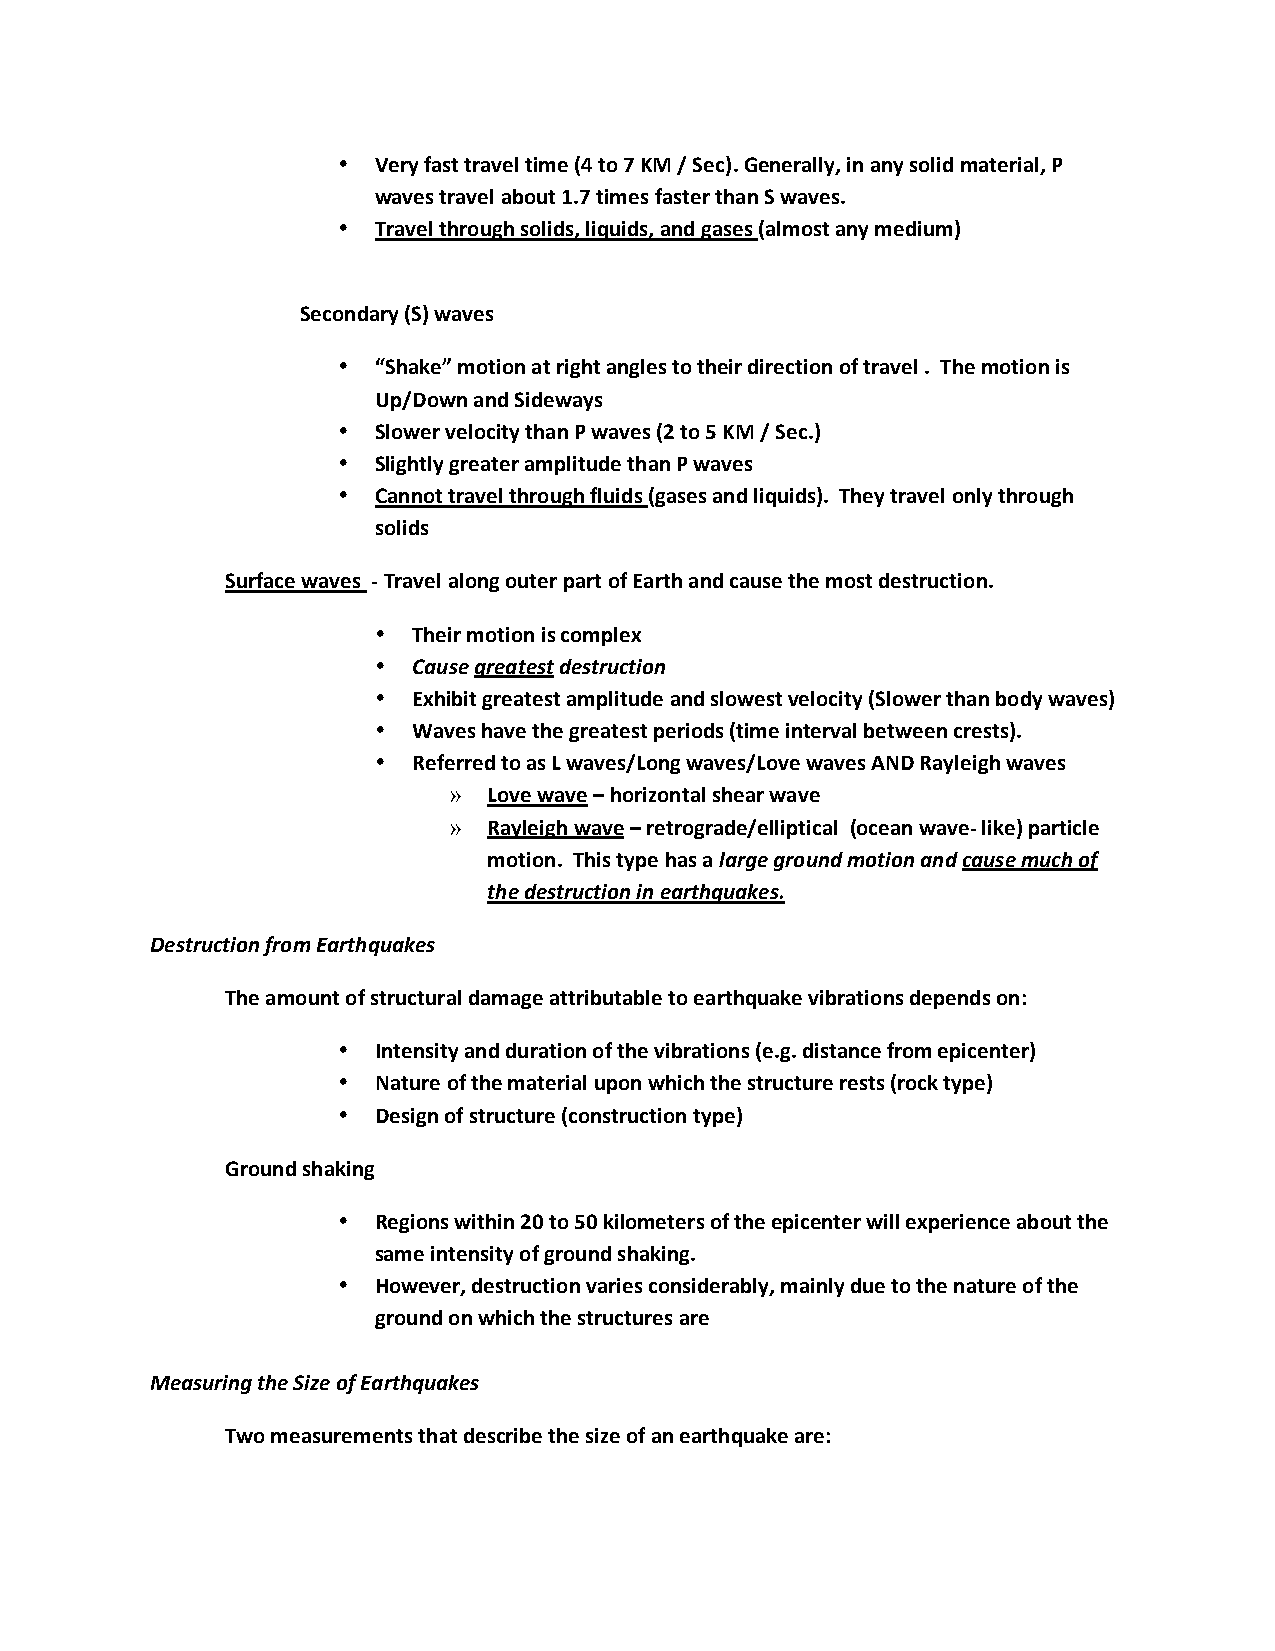
•  Very fast travel time (4 to 7 KM / Sec). Generally, in any solid material, P
 waves travel about 1.7 times faster than S waves.
 •  Travel through solids, liquids, and gases (almost any medium)
 Secondary (S) waves
 •  “Shake” motion at right angles to their direction of travel . The motion is
 Up/Down and Sideways
 •  Slower velocity than P waves (2 to 5 KM / Sec.)
 •  Slightly greater amplitude than P waves
 •  Cannot travel through fluids (gases and liquids). They travel only through
 solids
 Surface waves ‐ Travel along outer part of Earth and cause the most destruction.
 • Their motion is complex
 • Cause greatest destruction
 • Exhibit greatest amplitude and slowest velocity (Slower than body waves)
 • Waves have the greatest periods (time interval between crests).
 • Referred to as L waves/Long waves/Love waves AND Rayleigh waves
 » Love wave – horizontal shear wave
 » Rayleigh wave – retrograde/elliptical (ocean wave‐ like) particle
 motion. This type has a large ground motion and cause much of
 the destruction in earthquakes.
 Destruction from Earthquakes
 The amount of structural damage attributable to earthquake vibrations depends on:
 •  Intensity and duration of the vibrations (e.g. distance from epicenter)
 •  Nature of the material upon which the structure rests (rock type)
 •  Design of structure (construction type)
 Ground shaking
 •  Regions within 20 to 50 kilometers of the epicenter will experience about the
 same intensity of ground shaking.
 •  However, destruction varies considerably, mainly due to the nature of the
 ground on which the structures are
 Measuring the Size of Earthquakes
 Two measurements that describe the size of an earthquake are: